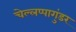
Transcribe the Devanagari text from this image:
चेल्लप्पागुंडर